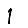
Digit: 1